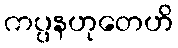
ကပ္ပနဟုတေဟိ